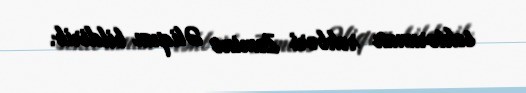
sektorunun rəhbəri Zəminə Əliqızı bildirib.